Plague in India, 1896, 1897 - Volume 3
Year: 1896
Disease focus: Plague
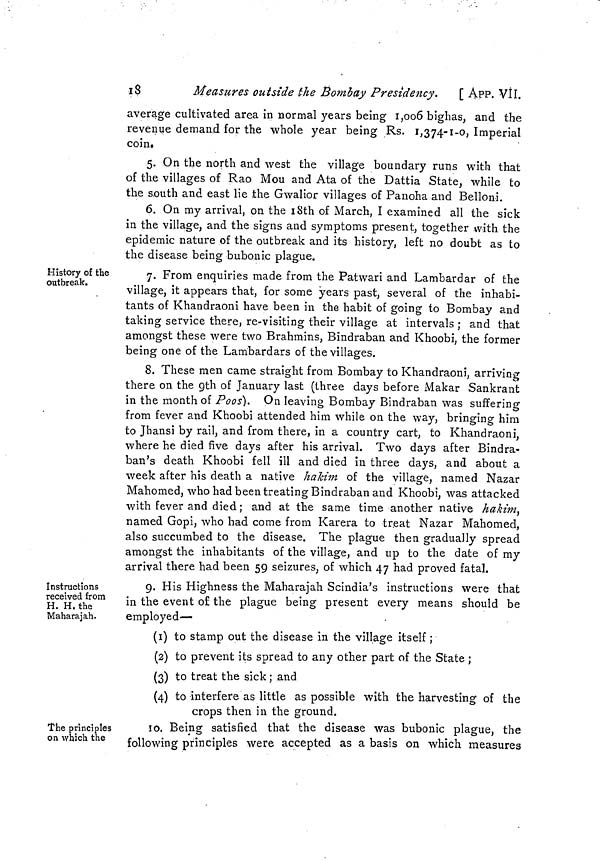
18
Measures outside the Bombay Presidency.
[ APP. VII.
average cultivated area in normal years being 1,006 bighas, and the
revenue demand for the whole year being Rs. 1,374-1-0, Imperial
coin.
5. On the north and west the village boundary runs with that
of the villages of Rao Mou and Ata of the Dattia State, while to
the south and east lie the Gwalior villages of Panoha and Belloni.
6. On my arrival, on the 18th of March, I examined all the sick
in the village, and the signs and symptoms present, together with the
epidemic nature of the outbreak and its history, left no doubt as to
the disease being bubonic plague.
History of the
outbreak.
7. From enquiries made from the Patwari and Lambardar of the
village, it appears that, for some years past, several of the inhabi-
tants of Khandraoni have been in the habit of going to Bombay and
taking service there, re-visiting their village at intervals ; and that
amongst these were two Brahmins, Bindraban and Khoobi, the former
being one of the Lambardars of the villages.
8. These men came straight from Bombay to Khandraoni, arriving
there on the 9th of January last (three days before Makar Sankrant
in the month of Poos). On leaving Bombay Bindraban was suffering
from fever and Khoobi attended him while on the way, bringing him
to Jhansi by rail, and from there, in a country cart, to Khandraoni,
where he died five days after his arrival. Two days after Bindra-
ban's death Khoobi fell ill and died in three days, and about a
week after his death a native hakim of the village, named Nazar
Mahomed, who had been treating Bindraban and Khoobi, was attacked
with fever and died ; and at the same time another native hakim
named Gopi, who had come from Karera to treat Nazar Mahomed,
also succumbed to the disease. The plague then gradually spread
amongst the inhabitants of the village, and up to the date of my
arrival there had been 59 seizures, of which 47 had proved fatal.
Instructions
received from
H. H.the
Maharajah.
g. His Highness the Maharajah Scindia's instructions were that
in the event of the plague being present every means should be
employed—
(1) to stamp out the disease in the village itself ;
(2) to prevent its spread to any other part of the State ;
(3) to treat the sick ; and
(4) to interfere as little as possible with the harvesting of the
crops then in the ground.
The principles
on Which the
10. Being satisfied that the disease was bubonic plague, the
following principles were accepted as a basis on which measures